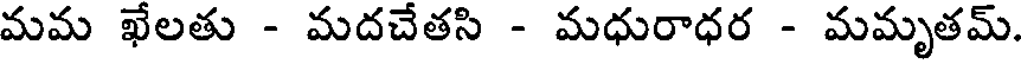
మమ ఖేలతు - మదచేతసి - మధురాధర - మమృతమ్.